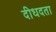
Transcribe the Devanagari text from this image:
दीधदता